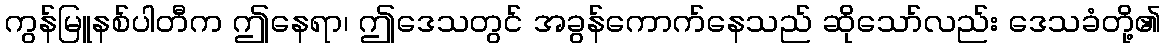
ကွန်မြူနစ်ပါတီက ဤနေရာ၊ ဤဒေသတွင် အခွန်ကောက်နေသည် ဆိုသော်လည်း ဒေသခံတို့၏